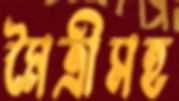
মৈত্রীসহ